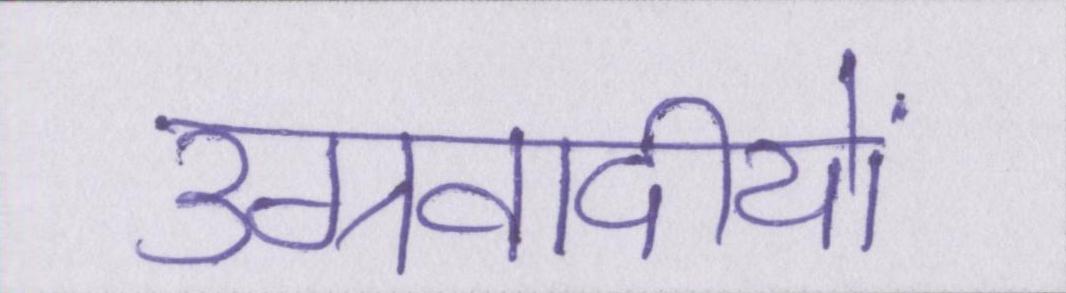
उग्रवादीयों